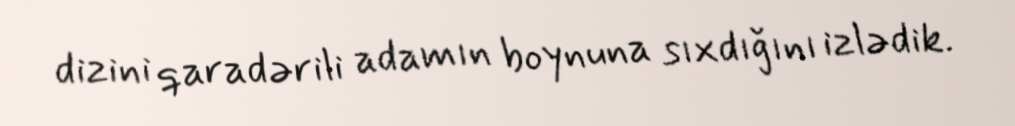
dizini qaradərili adamın boynuna sıxdığını izlədik.